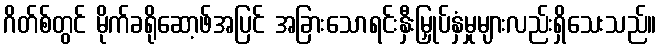
ဂိတ်စ်တွင် မိုက်ခရိုဆော့ဖ်အပြင် အခြားသောရင်းနှီးမြှုပ်နှံမှုများလည်းရှိသေးသည်။